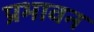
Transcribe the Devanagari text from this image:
प्रभावन